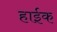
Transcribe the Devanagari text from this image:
हाईक